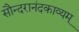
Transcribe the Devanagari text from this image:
सौन्दरानंदकाव्यम्